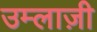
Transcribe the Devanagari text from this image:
उम्लाज़ी